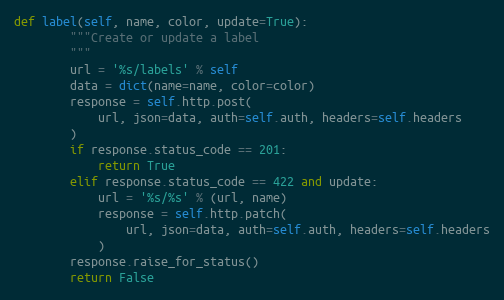
Language: Python
def label(self, name, color, update=True):
        """Create or update a label
        """
        url = '%s/labels' % self
        data = dict(name=name, color=color)
        response = self.http.post(
            url, json=data, auth=self.auth, headers=self.headers
        )
        if response.status_code == 201:
            return True
        elif response.status_code == 422 and update:
            url = '%s/%s' % (url, name)
            response = self.http.patch(
                url, json=data, auth=self.auth, headers=self.headers
            )
        response.raise_for_status()
        return False